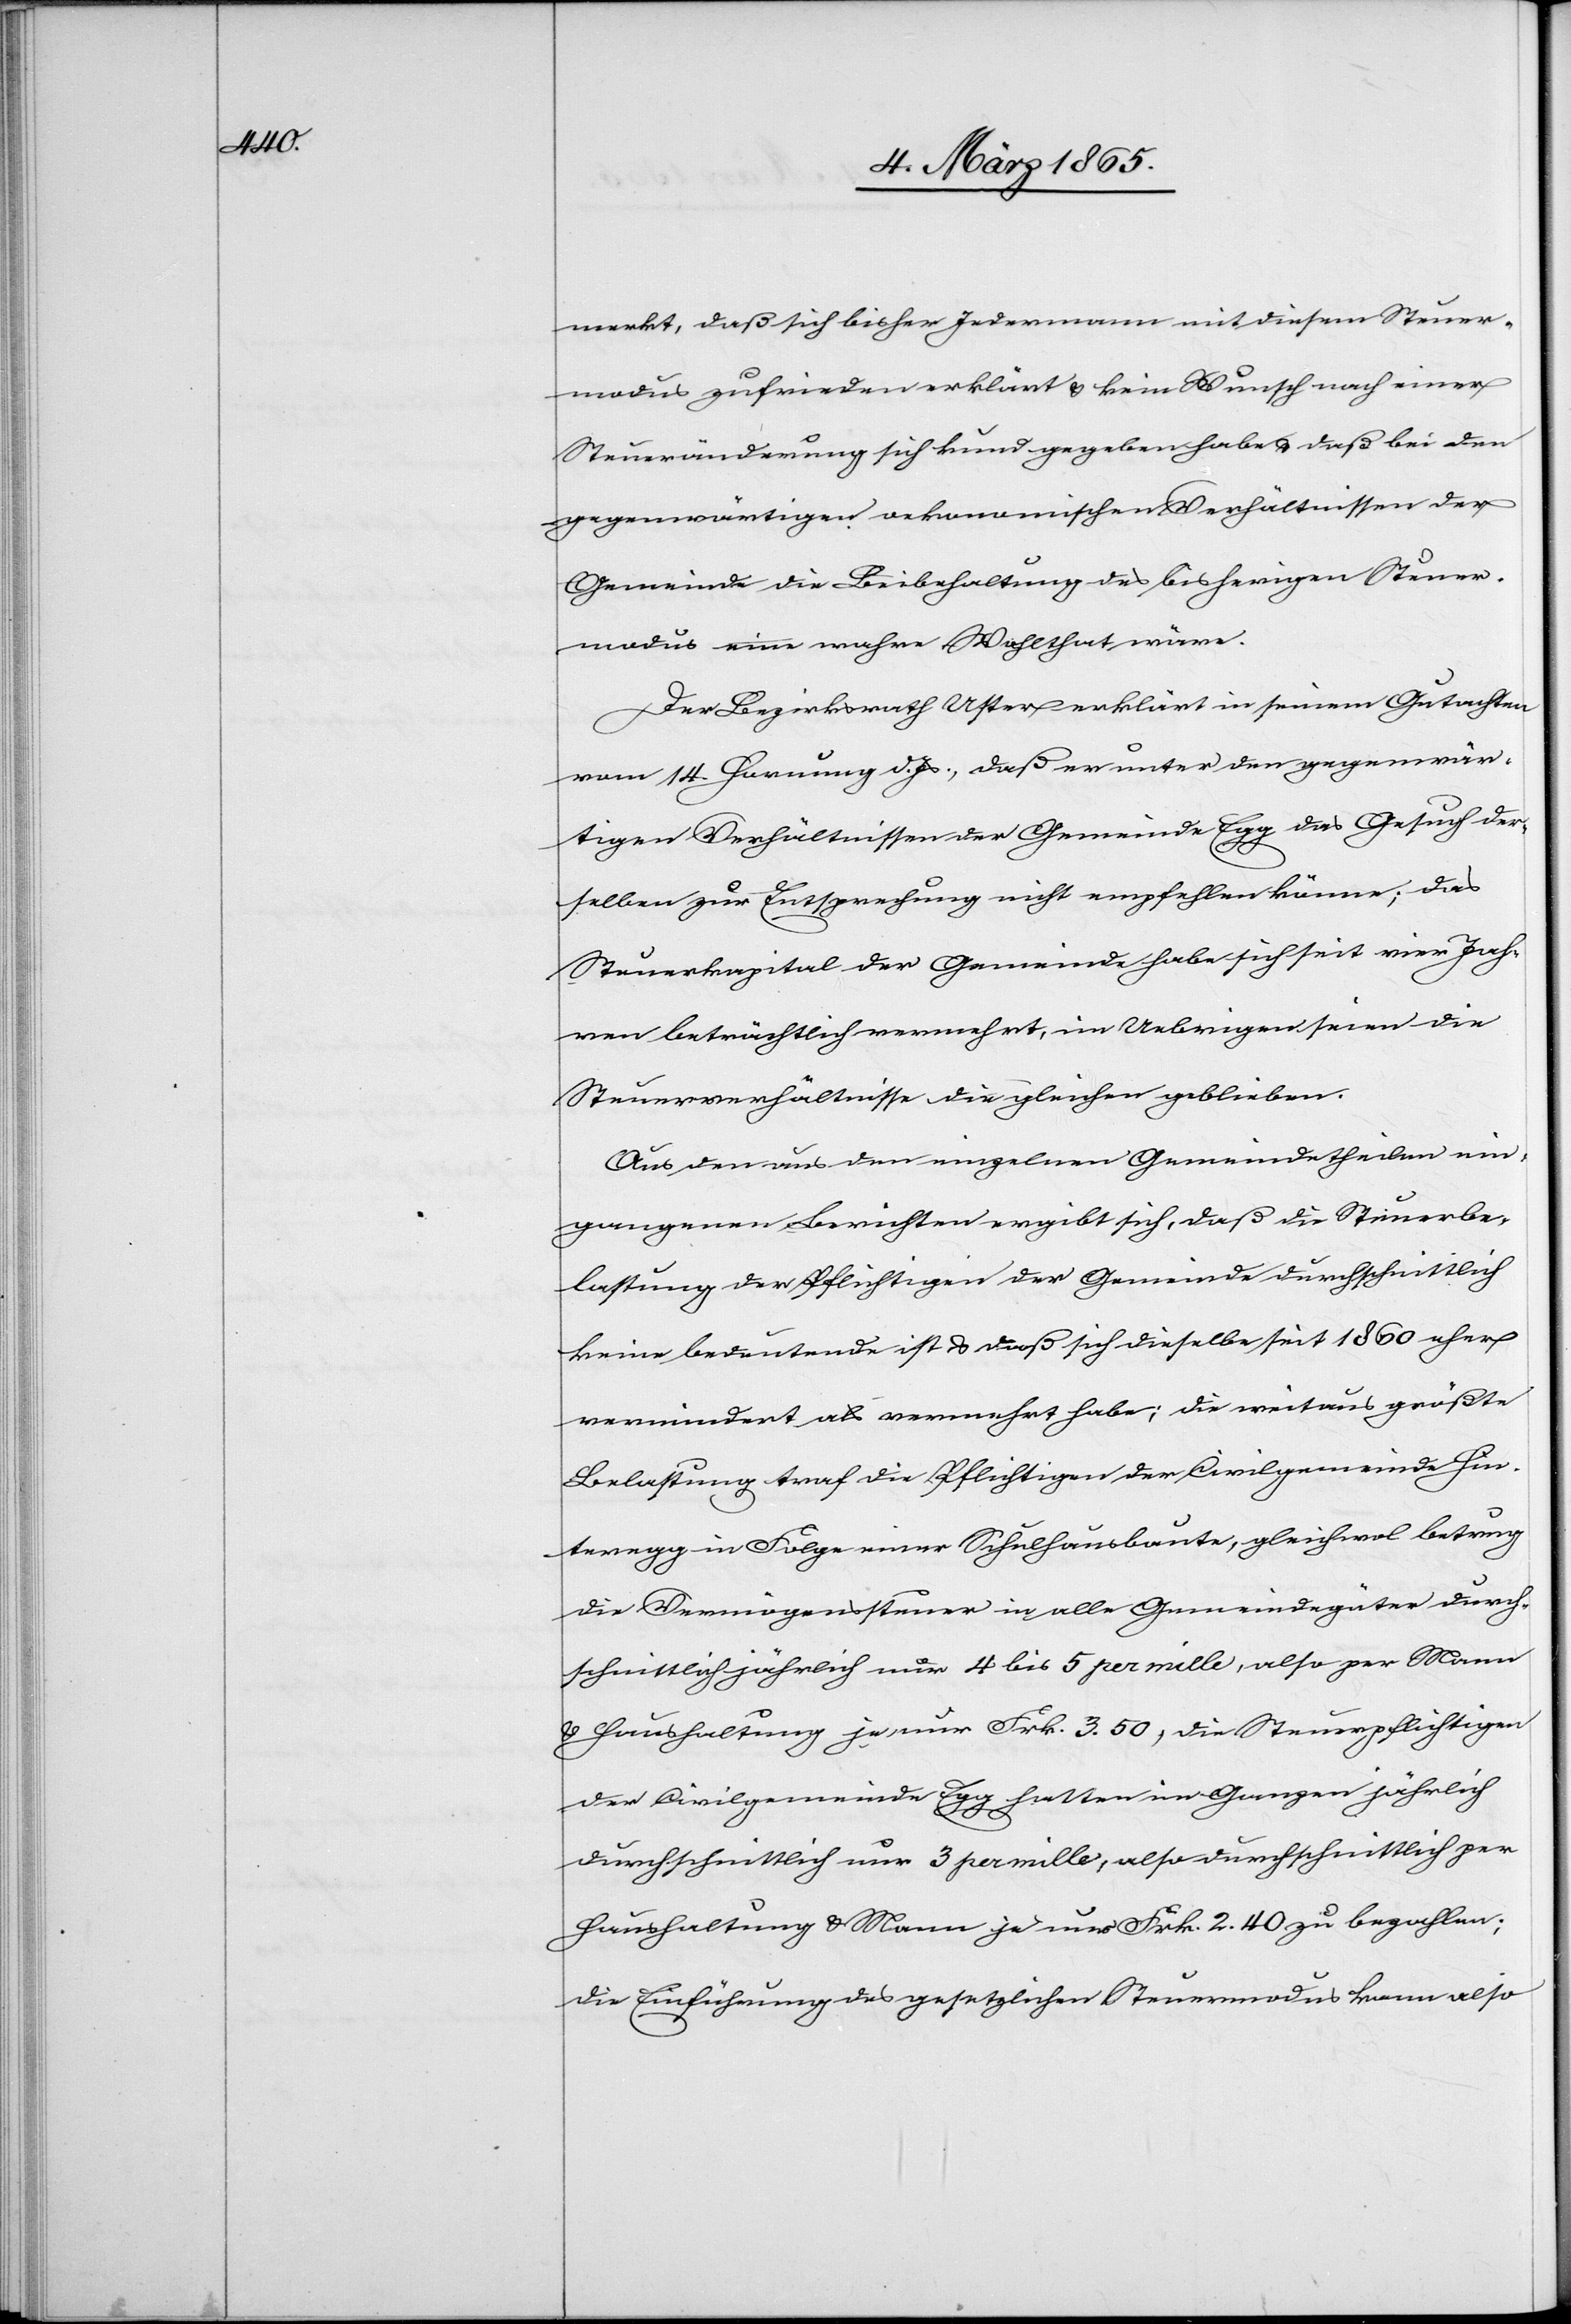
selben

merkt, daß sich bisher Jedermann mit diesem Steuer¬
modus zufrieden erklärt u. kein Wunsch nach einer
Steueränderung sich kund gegeben habe u. daß bei den
gegenwärtigen oekonomischen Verhältnissen der
Gemeinde die Beibehaltung des bisherigen Steuer¬
modus eine wahre Wohlthat wäre.
Der Bezirksrath Uster erklärt in seinem Gutachten
vom 14. Hornung d. Js, daß er unter den gegenwär¬
tigen Verhältnissen der Gemeinde Egg das Gesuch der¬
Steuerkapital der Gemeinde habe sich seit vier Jah¬
ren beträchtlich vermehrt, im Uebrigen seien die
Steuerverhältnisse die gleichen geblieben.
Aus den aus den einzelnen Gemeindetheilen ein[g¬
e]gangenen Berichten ergibt sich, daß die Steuerbe¬
lastung der Pflichtigen der Gemeinde durchschnittlich
keine bedeutende ist u. daß sich dieselbe seit 1860 eher
vermindert als vermehrt habe; die weitaus größte
Belastung traf die Pflichtigen der Civilgemeinde Hin¬
teregg in Folge einer Schulhausbaute, gleichwol betrug
die Vermögenssteuer in alle Gemeindegüter durch¬
schnittlich jährlich nur 4 bis 5 per mille, also per Mann
u. Haushaltung je nur Frk. 3. 50; die Steuerpflichtigen
der Civilgemeinde Egg hatten im Ganzen jährlich
durchschnittlich nur 3 per mille, also durchschnittlich per
Haushaltung u. Mann je nur Frk. 2. 40 zu bezahlen;
die Einführung des gesetzlichen Steuermodus kann also